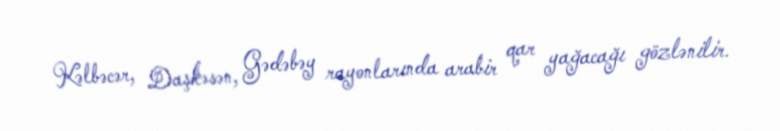
Kəlbəcər, Daşkəsən, Gədəbəy rayonlarında arabir qar yağacağı gözlənilir.